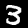
Digit: 3